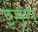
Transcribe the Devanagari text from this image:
ईसुरा